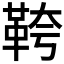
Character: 𩊓